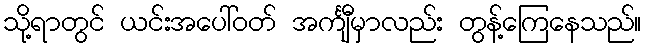
သို့ရာတွင် ယင်းအပေါ်ဝတ် အင်္ကျီမှာလည်း တွန့်ကြေနေသည်။